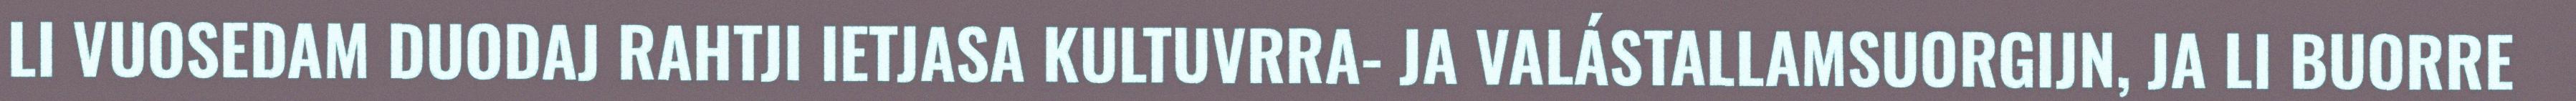
LI VUOSEDAM DUODAJ RAHTJI IETJASA KULTUVRRA- JA VALÁSTALLAMSUORGIJN, JA LI BUORRE